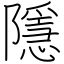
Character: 隱